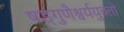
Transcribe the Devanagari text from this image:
षड्गुणैश्वर्ययुक्तो